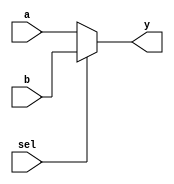
module mux2to1 (
    input wire a,      // Input signal a
    input wire b,      // Input signal b
    input wire sel,    // Select signal
    output reg y       // Output signal y
);

// Combinational logic using an always block
always @(*) begin
    // Continuous assignment based on the select signal
    if (sel) begin
        y = b;        // If sel is 1, output b
    end else begin
        y = a;        // If sel is 0, output a
    end
end

endmodule